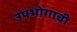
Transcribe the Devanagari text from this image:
उपभोगाची